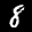
Label: 8